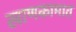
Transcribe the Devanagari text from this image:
खाणकामात